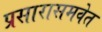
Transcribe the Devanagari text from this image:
प्रसारासमवेत